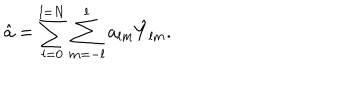
\hat { a } = \sum _ { l = 0 } ^ { l = N } \sum _ { m = - l } ^ { l } a _ { l m } \hat { Y } _ { l m } .